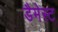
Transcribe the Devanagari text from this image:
डैमेस्ट